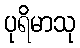
ပုရိမာသု